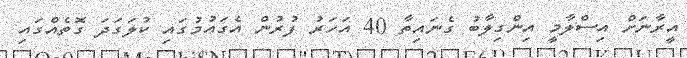
އީރާނަށް އިސްލާމީ އިންގިލާބު ގެނައިތާ 40 އަހަރު ފުރުން އެގައުމުގައި ކުލަގަދަ ގޮތެއްގައި